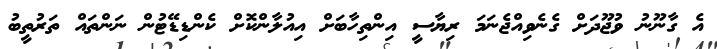
އެ ގާނޫނު ވުޖޫދަށް ގެނެވިއްޖެނަމަ ރިޔާސީ އިންތިހާބަށް އިއުލާންކޮށް ކެންޑިޑޭޓުން ނަންތައް ތަރުތީބު